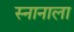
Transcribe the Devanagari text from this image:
स्नानाला